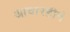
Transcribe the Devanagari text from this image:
आचारहीनं